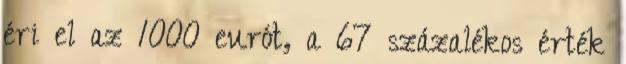
éri el az 1000 eurót, a 67 százalékos érték